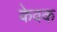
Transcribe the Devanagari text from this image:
केवक